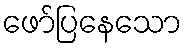
ဖော်ပြနေသော